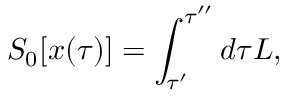
S _ { 0 } [ x ( \tau ) ] = \int _ { \tau ^ { \prime } } ^ { \tau ^ { \prime \prime } } d \tau L ,